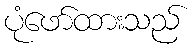
ပုံဖော်ထားသည်